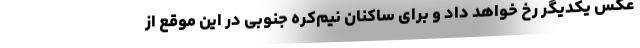
عکس یکدیگر رخ خواهد داد و برای ساکنان نیم‌کره جنوبی در این موقع از